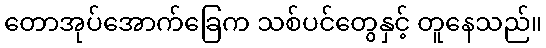
တောအုပ်အောက်ခြေက သစ်ပင်တွေနှင့် တူနေသည်။